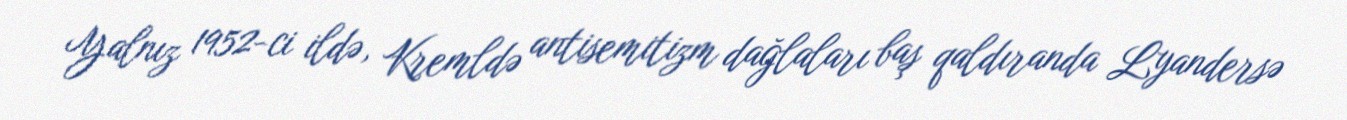
Yalnız 1952-ci ildə, Kremldə antisemitizm dağlaları baş qaldıranda Lyandersə